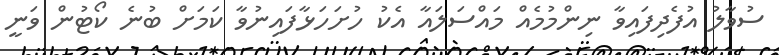
ސުވާލު އުފެދިފައިވާ ނިންމުމެއް މައްސަލައާ އެކު ހުށަހަޅާފައިނުވާ ކަމަށް ބުނެ ކޯޓުން ވަނީ